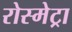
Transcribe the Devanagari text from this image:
रोस्मेट्रा